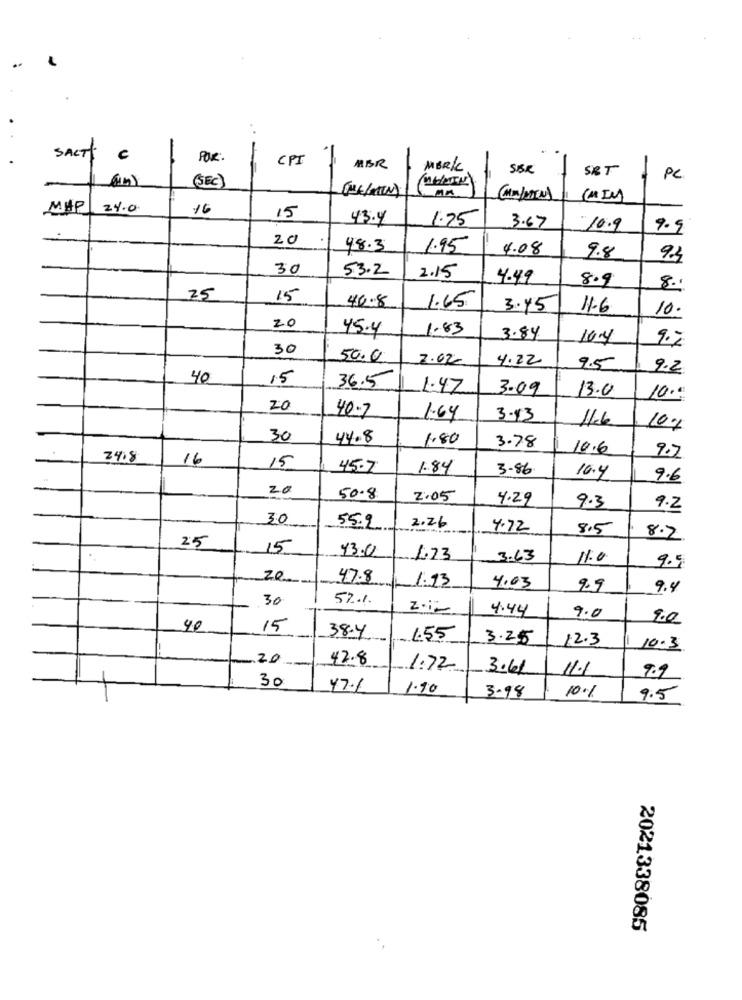
SALTY
C
POR.
CPI
=
MBR
MERIC
SIBR
SRT
(SEC)
PC
MA
MHP
24.0
16
15
43.4
1.25
3.67
10.9
9.9
20
48.3
1.95
4.08
9.8
92
30
53.2
2.15
4.49
8.9
8.1
25
15
46.8
1.65
3.45
1.6
10.
20
45.4
1.83
3.84
10.4
9.7
30
50.0
2.02.
4.22
9.5
2.2
40
15
36.5
1.47
3.09
13.0
10.0
20
40-7
1.64
3-13
11.6
10%
30
44.8
1.80
3.78
10.6
24.8
16
2.7
15
45.7
1.84
3-86
10.4
9.6
20
50.8
2.05
4.29
9.3
9.2
30
55.9
2.26
4.72
8.5
8.2
25
15
13.0
1.23
3.63
11:0
9.5
20
47.8
1.13
4.03
2.9
9.4
30
52%
2.12
4.44
9.0
9.0
40
15
38.4
1.55
3.25
12.3
10.3
20
42.8
1.72
3.61
11.1
30
9.9
47.1
1.90
3.98
10%
9.5
2021338085